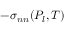
- \sigma _ { n n } ( P _ { l } , T )